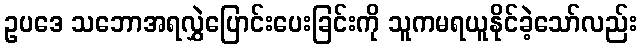
ဥပဒေ သဘောအရလွှဲပြောင်းပေးခြင်းကို သူကမရယူနိုင်ခဲ့သော်လည်း